system: You are a helpful assistant.
user:
Analyze the provided spectrum to determine if it is a **M-type Giant (gM)**.

A M-type Giant spectrum is defined by its **strong molecular absorption** features, particularly from **Titanium Oxide (TiO)**. You must check for one of the following mutually exclusive signatures:

- **Key Visual Indicators (Absorption-Dominated Spectrum):**

    - **(Primary):** The spectrum is dominated by strong molecular absorption from **Titanium Oxide (TiO)**. This is the **defining feature** of its M-type temperature class.
        - **(Key Bandheads):** Look for sharp, "saw-tooth" absorption valleys. The strongest are located near **~7050 Å**, **~6160 Å**, and **~5170 Å**.
        - **(Line Profile):** The "saw-tooth" morphology is critical: a **sharp, steep drop on the BLUE (short-wavelength) side** of the bandhead, followed by a gradual recovery (rising flux) towards the RED (long-wavelength) side.

    - **(Key Confirmation - Giant vs. Dwarf):** **ABSENCE** of strong **Calcium Hydride (CaH)** molecular bands. This is the primary diagnostic for *excluding* M-dwarfs.
        - **(Key Region):** The spectrum should lack the strong, broad absorption band seen in dwarfs between **~6800 Å and ~7000 Å**.

    - **(Secondary Confirmation - Giant):** A very strong and broad **Neutral Calcium (Ca I)** atomic absorption line.
        - **(Key Line):** Located at **~4226 Å**. In a giant (gM), this line is significantly deeper and broader than the same line in an M-dwarf (dM) due to low surface gravity.

    - **(Overall Spectrum):**
        - The continuum is **extremely red-sloping** (i.e., flux is very low in the blue and rises dramatically towards the red).
        - The entire spectrum appears "chopped up" by the deep TiO bands.

Think first, call **spectral_visualization_tool** if needed to examine features in detail, then provide your final answer. Your response must adhere to the following strict rules:
1.  **Overall Structure:** Your response must follow the format `<think>...</think> <tool_call>...</tool_call> (if a tool is used) <answer>...</answer>`.
2.  **Tool Usage Constraint:** You may only make **one** tool call per turn.
3.  **Final Answer Format:** In the `<answer>` tag, your conclusion must be inside a `\boxed{}` command (e.g., `\boxed{YES}` or `\boxed{NO}`), followed by your justification.

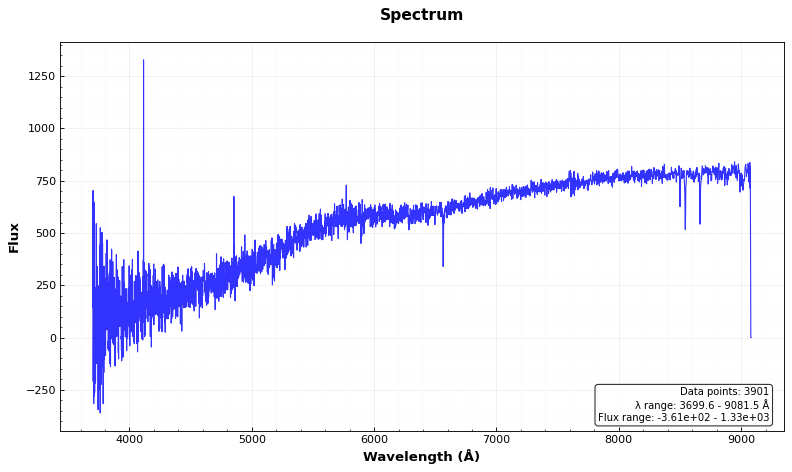
Answer: NO